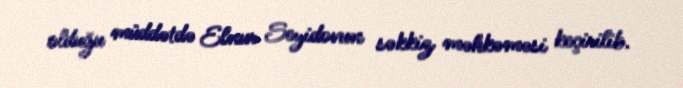
olduğu müddətdə Elnur Seyidovun səkkiz məhkəməsi keçirilib.